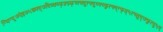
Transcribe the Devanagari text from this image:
ग्यिग्य्र्७ऐइ७५ख्फ्त्७दित्र्क्य्फ्फ्र्य्र्क्च्त्क्दुत्फ्दुय्फ्य्फुत्फ्द्ग्फ्त्५त्च्तुद्७फुत्दु५ए